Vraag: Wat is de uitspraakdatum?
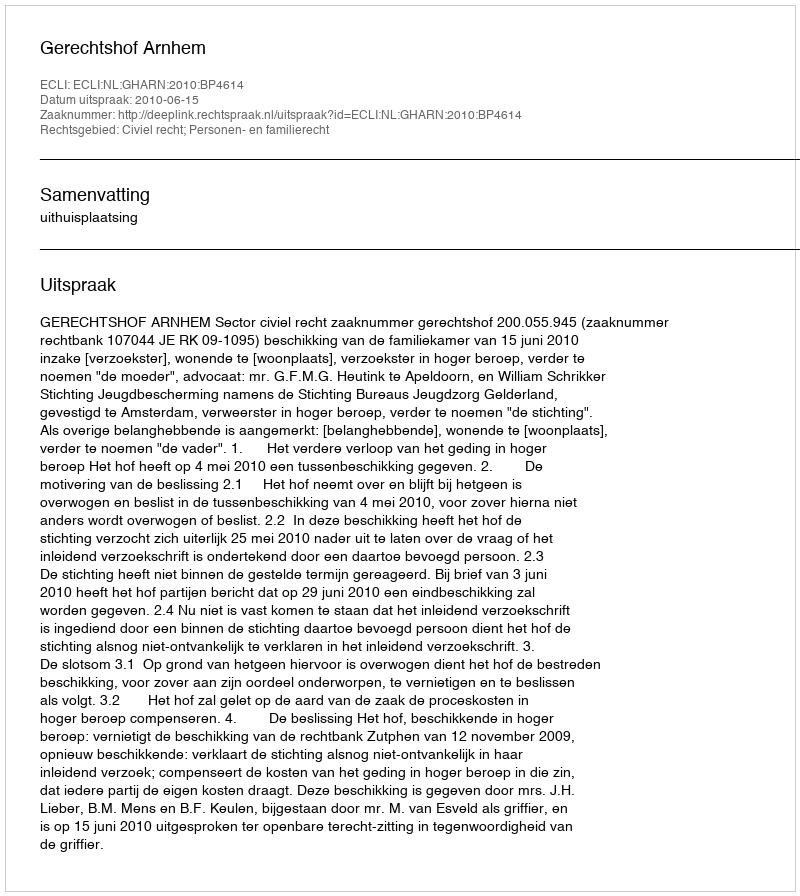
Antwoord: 2010-06-15